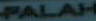
PALAH